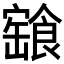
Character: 𩝓